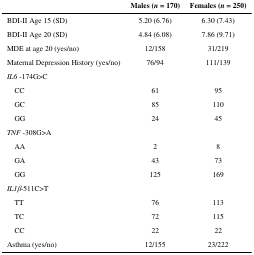
<table><thead><tr><td></td><td><b>Males (<i>n</i> = 170)</b></td><td><b>Females (<i>n</i> = 250)</b></td></tr></thead><tbody><tr><td>BDI-II Age 15 (SD)</td><td>5.20 (6.76)</td><td>6.30 (7.43)</td></tr><tr><td>BDI-II Age 20 (SD)</td><td>4.84 (6.08)</td><td>7.86 (9.71)</td></tr><tr><td>MDE at age 20 (yes/no)</td><td>12/158</td><td>31/219</td></tr><tr><td>Maternal Depression History (yes/no)</td><td>76/94</td><td>111/139</td></tr><tr><td colspan="3"><i>IL6</i> -174G&gt;C</td></tr><tr><td> CC</td><td>61</td><td>95</td></tr><tr><td> GC</td><td>85</td><td>110</td></tr><tr><td> GG</td><td>24</td><td>45</td></tr><tr><td colspan="3"><i>TNF</i> -308G&gt;A</td></tr><tr><td> AA</td><td>2</td><td>8</td></tr><tr><td> GA</td><td>43</td><td>73</td></tr><tr><td> GG</td><td>125</td><td>169</td></tr><tr><td colspan="3"><i>IL1β</i>-511C&gt;T</td></tr><tr><td> TT</td><td>76</td><td>113</td></tr><tr><td> TC</td><td>72</td><td>115</td></tr><tr><td> CC</td><td>22</td><td>22</td></tr><tr><td>Asthma (yes/no)</td><td>12/155</td><td>23/222</td></tr></tbody></table>